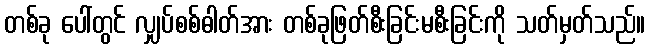
တစ်ခု ပေါ်တွင် လျှပ်စစ်ဓါတ်အား တစ်ခုဖြတ်စီးခြင်းမစီးခြင်းကို သတ်မှတ်သည်။